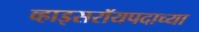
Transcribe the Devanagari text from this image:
व्हाइसरॉयपदाच्या